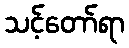
သင့်တော်ရာ